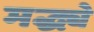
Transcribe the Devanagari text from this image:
मद्ध्ये